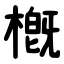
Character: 槪